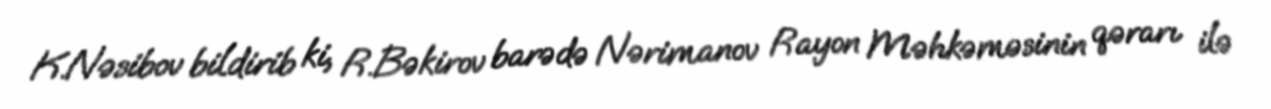
K.Nəsibov bildirib ki, R.Bəkirov barədə Nərimanov Rayon Məhkəməsinin qərarı ilə